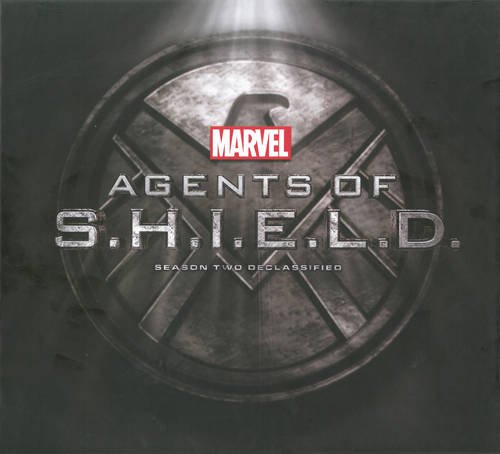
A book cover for Marvel's Agents of S.H.I.E.L.D.: Season Two Declassified; Marvel Comics; Humor & Entertainment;